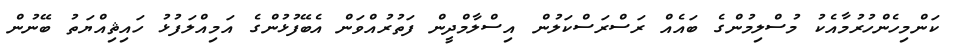
ކަންމިހެންހުރުމާއެކު މުސްލިމުންގެ ބައެއް ރަސްރަސްކަލުން އިސްލާމްދީން ފަތުރުއްވަން އެބޭފުޅުންގެ އަމިއްލަފުޅު ހައިޘިއްޔަތު ބޭނުން